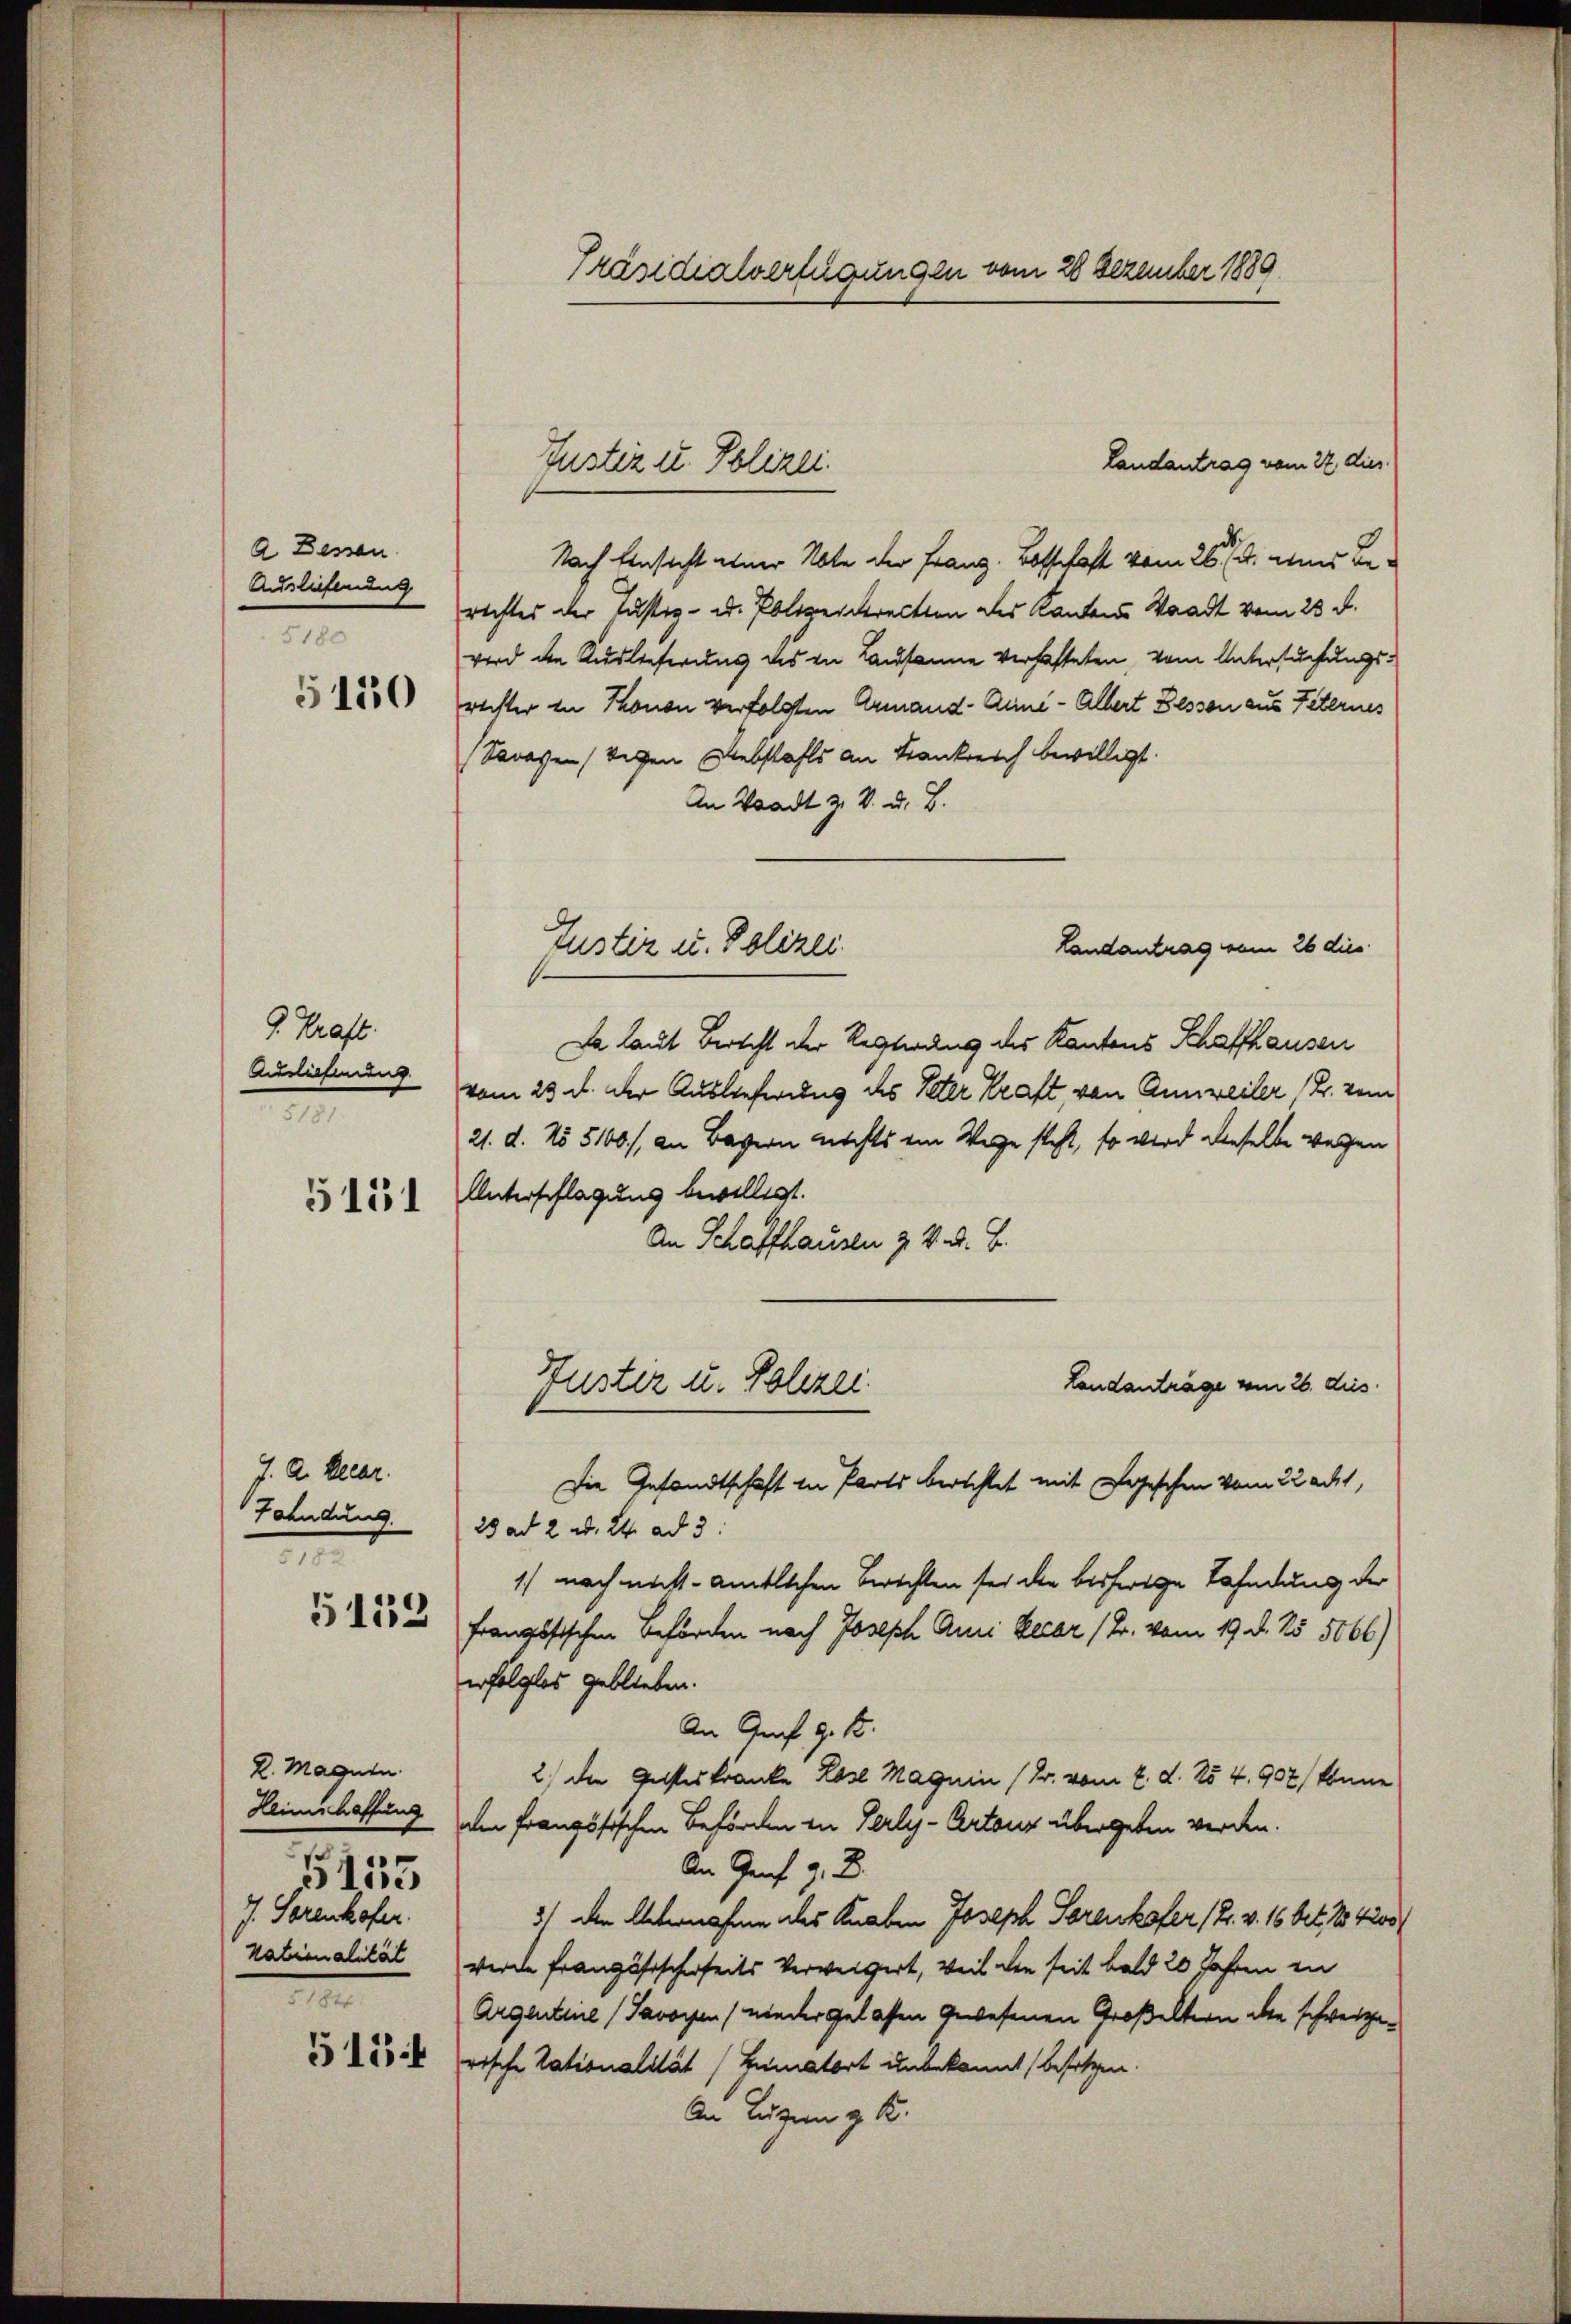
A Dessen.
Auslieferung
5180

5150

J. Kraft.
Auslichung
5181

5151

J. A. Decar
Fahndung.
n

5152

K. Magnin.
Heimschaffung
7. Sorenhofer.
Nationalität
1

5155

515 f

Präsidialverfügungen vom 28 Dezember 1889.

Landantrag vom 22 dies
Nach Einsicht einer Note der Franz. Bosschaft vom 26sten ins Berechtes der Justiz- u. Polizeirecten des Kantons Waadt vom 23. d.
wird den Auslieferung des in Lausanne verhafteten, vom Untersuchungsrechter in Thonon verfolgten Armand - Anne - Albert Bessen aus Peternes
Sawassen (wegen Diebstahls an Frankreich bewilligt.
An Waadt z. V. u. B.
Da laut Bericht der Regierung des Kantons Schaffhausen
vom 23. d. der Auslieferung des Peter Kraft, von Anweiler (B. vom
21. d. No 5100/, an Bassern nichts ein Wege steht, so wird dieselbe wegen
Unterschlagung bewilligt.
An Schaffhausen z. 4. d. J.
Landanträge vom 26. dies
Fuster u. Polizei
Die Gesandtschaft in Parts berechtet mit Logischen vom 22 adt,
23 ad 2. d. 24. ad 3.
1) noch nicht - amtlichen Berichten sei die bisherige Tahndung der
französischen Beförden nach Joseph Ami Recer (T. vom 19. d. 25. 5066)
erfolglos geblieben.
An Graf 9. 18.
2) der Gesteskranke Rose Magnin (Dr. vom 2. d. No 4. 907) könne
den französischen Beförden in Verly-Artour übergeben werden.
An Genf z. B.
3) den Unternahme des Knaben Joseph Sorenkofer (2. v. 16 bet. No. 400
werde französischerheits Verweigert, weil den seit bald 20 Jahren in
Argentinne (Savoyen / nieder gelasten gewesenen Großeltern die schweizerische Tationalität (Zumatort unbekannt besetzen.
An Luzen z. K.

Justiz II. Polizei.

Justiz u. Polizei

Landantrag vom 26 dies